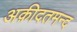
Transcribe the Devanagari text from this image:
अक़ीदतमन्द